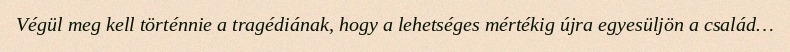
Végül meg kell történnie a tragédiának, hogy a lehetséges mértékig újra egyesüljön a család…